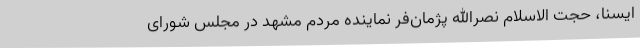
ایسنا، حجت الاسلام نصرالله پژمان‌فر نماینده مردم مشهد در مجلس شورای